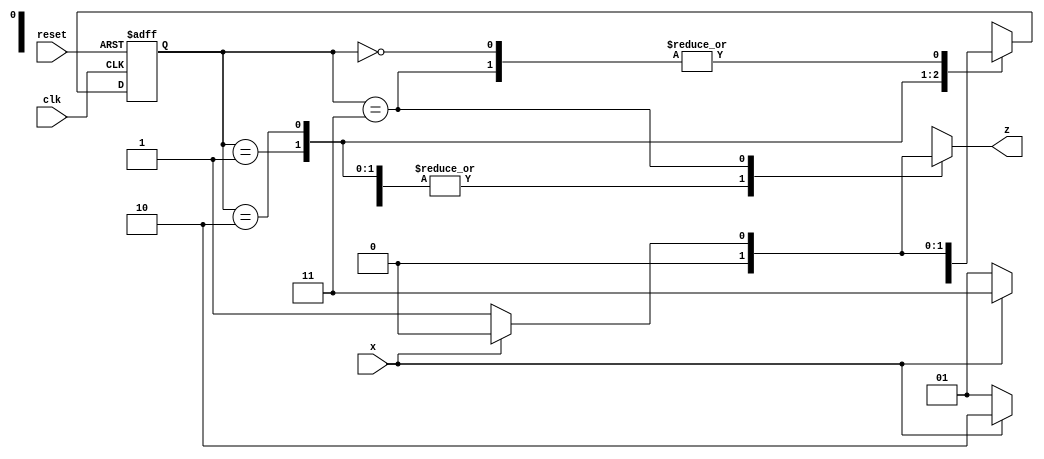
// Sequence detector for "0110", Moore machine uses both present state and input to determine output logic. 
// It has two flip flops one for present state and one for next state. We use NS ff to update PS at every +ve clk edge.
// In Moore machine the output logic and next state logic both depend on the present state and present inputs.

module seq_detector (x,clk,reset,z);
input x,clk,reset; output reg z;
parameter S0=0, S1=1, S2=2, S3=3;
reg [0:1] PS,NS;

always@(posedge clk or posedge reset)   // Update ps with ns at the +ve edge of clk. If reset is 1 PS is in state 0. Assign present state in clk triggered always block w non blocking statements
 if(reset) PS <= S0;
 else      PS <= NS;

always @ (PS,x)                        // Anytime PS or input x changes update NS and output z. Compute Next state w blocking assignments.
case(PS)
    S0: begin
        NS = x ? S0 : S1;        // if input is 1 stay in state 0, if 1 go to state 1
        z  = 0;
    end
    S1: begin
        NS = x ? S2 : S1;       // if input is 0 stay in state 1, if 1 go to state 2
        z  = 0;
    end
    S2: begin
        NS = x ? S3 : S1;       // if input is 0 go to state 1, if 1 go to state 3
        z  = 0;
    end
    S3: begin
        NS = x ? S0 : S1;       // if input is 0 go to state 1 and give output z as 1 (hence output depends not only on present state but also given input), if 1 go to state 0 with output z as 0
        z  = x ? 0  : 1;
    end
    endcase
endmodule